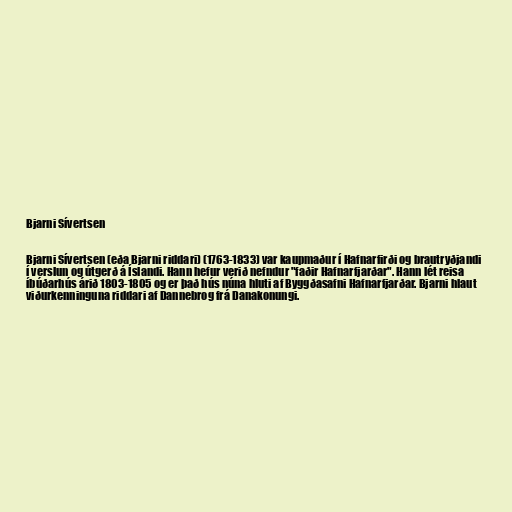
Bjarni Sívertsen

Bjarni Sívertsen (eða Bjarni riddari) (1763-1833) var kaupmaður í Hafnarfirði og brautryðjandi
í verslun og útgerð á Íslandi. Hann hefur verið nefndur "faðir Hafnarfjarðar". Hann lét reisa
íbúðarhús árið 1803-1805 og er það hús núna hluti af Byggðasafni Hafnarfjarðar. Bjarni hlaut
viðurkenninguna riddari af Dannebrog frá Danakonungi.